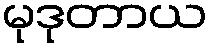
မုဒုတာယ